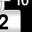
Digit: 2